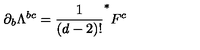
\partial _ { b } \Lambda ^ { b c } = \frac { 1 } { ( d - 2 ) ! } ^ { * } F ^ { c }